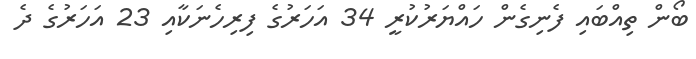
ބޯން ތިއްބައި ފެނިގެން ހައްޔަރުކުރީ 34 އަހަރުގެ ފިރިހެނަކާއި 23 އަހަރުގެ ދެ